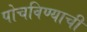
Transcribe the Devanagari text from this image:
पोचविण्याची